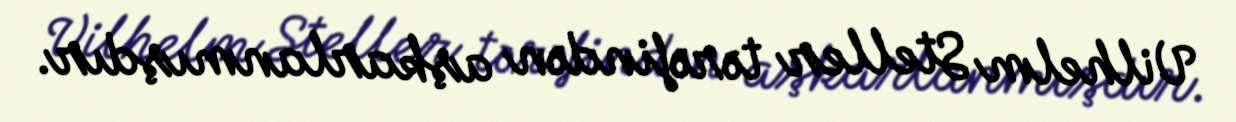
Vilhelm Steller tərəfindən aşkarlanmışdır.